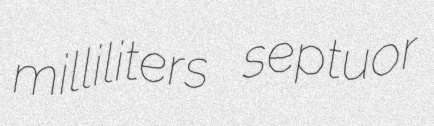
milliliters septuor